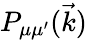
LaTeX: P_{\mu\mu^{\prime}}(\vec{k})